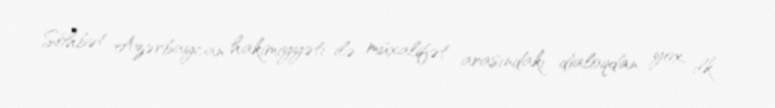
Söhbət Azərbaycan hakimiyyəti ilə müxalifət arasındakı dialoqdan yox, ilk